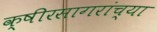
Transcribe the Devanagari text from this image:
क्षीरसागरांच्या